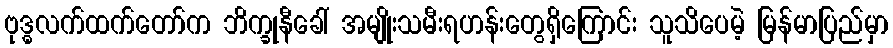
ဗုဒ္ဓလက်ထက်တော်က ဘိက္ခုနီခေါ် အမျိုးသမီးရဟန်းတွေရှိကြောင်း သူသိပေမဲ့ မြန်မာပြည်မှာ